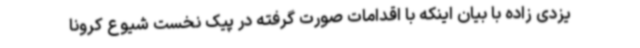
یزدی زاده با بیان اینکه با اقدامات صورت گرفته در پیک نخست شیوع کرونا